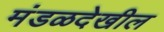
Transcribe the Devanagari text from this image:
मंडळदेखील